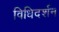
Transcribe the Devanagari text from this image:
विधिदर्शन